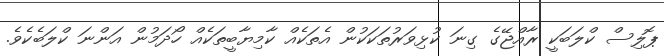
ޕޮލިސް ކްލަބަކީ ރާއްޖޭގެ ގިނަ ކުޅިވަރުތަކަކުން އެތަކެއް ކާމިޔާބީތަކެއް ހޯދަމުން އަންނަ ކްލަބެކެވެ.